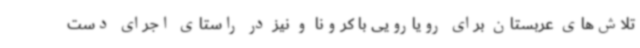
تلاش‌های عربستان برای رویارویی با کرونا و نیز در راستای اجرای دست